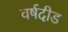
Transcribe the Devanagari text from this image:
वर्षदीड